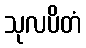
သုလပိတံ